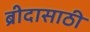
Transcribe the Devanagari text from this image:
ब्रीदासाठी